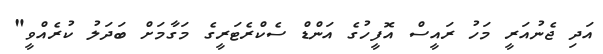
އަދި ޖެނުއަރީ މަހު ރައީސް އޮފީހުގެ އަންޑް ސެކްރެޓަރީގެ މަގާމަށް ބަދަލު ކުރެއްވީ"